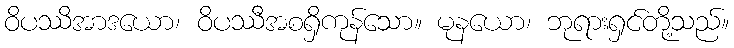
ဝိပဿိအာဒယော၊ ဝိပဿီအစရှိကုန်သော။ မုနယော၊ ဘုရားရှင်တို့သည်။